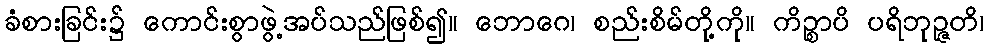
ခံစားခြင်း၌ ကောင်းစွာဖွဲ့အပ်သည်ဖြစ်၍။ ဘောဂေ၊ စည်းစိမ်တို့ကို။ ကိဉ္စာပိ ပရိဘုဉ္ဇတိ၊